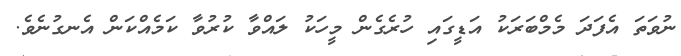
ނުވަތަ އެފަދަ މެމްބަރަކު އަޑީގައި ހުރެގެން މީހަކު ލައްވާ ކުރުވާ ކަމެއްކަން އެނގުނެވެ.